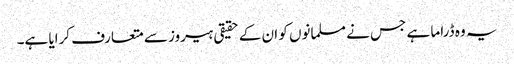
یہ وہ ڈراما ہے جس نے مسلمانوں کو ان کے حقیقی ہیروز سے متعارف کرایا ہے۔